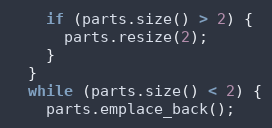
Language: C++
    if (parts.size() > 2) {
      parts.resize(2);
    }
  }
  while (parts.size() < 2) {
    parts.emplace_back();